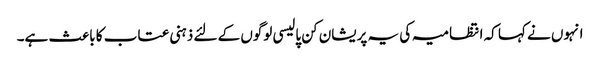
انہوں نے کہا کہ انتظامیہ کی یہ پریشان کن پالیسی لوگوں کے لئے ذہنی عتاب کا باعث ہے۔